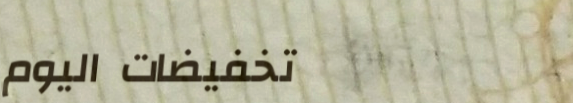
تخفيضات اليوم